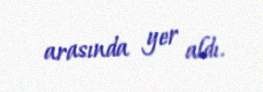
arasında yer aldı.